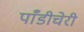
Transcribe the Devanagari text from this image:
पाँडीचेरी